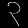
Digit: ၃